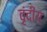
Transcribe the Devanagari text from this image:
वृंदीय